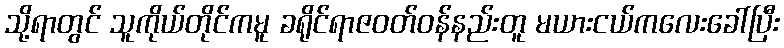
သို့ရာတွင် သူကိုယ်တိုင်ကမူ ခရိုင်ရာဇဝတ်ဝန်နည်းတူ မယားငယ်ကလေးခေါ်ပြီး